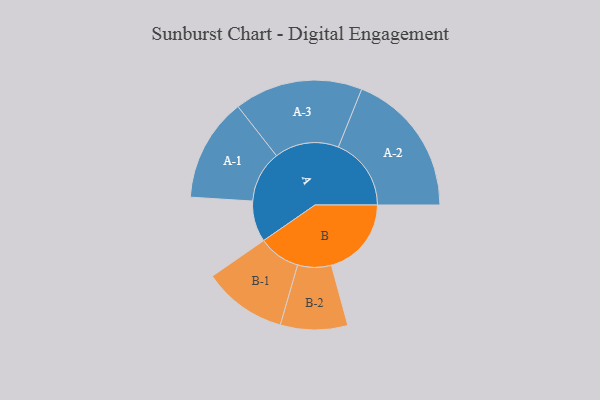
{"axis": {"x": "Segment", "y": "Value"}, "legend": ["", "A", "B"], "data": [{"x": "A", "y": 138, "type": ""}, {"x": "B", "y": 269, "type": ""}, {"x": "A-1", "y": 174, "type": "A"}, {"x": "A-2", "y": 245, "type": "A"}, {"x": "A-3", "y": 216, "type": "A"}, {"x": "B-1", "y": 141, "type": "B"}, {"x": "B-2", "y": 113, "type": "B"}]}